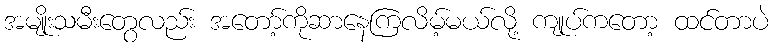
အမျိုးသမီးတွေလည်း အတော့်ကိုဆာနေကြလိမ့်မယ်လို့ ကျုပ်ကတော့ ထင်တာပဲ